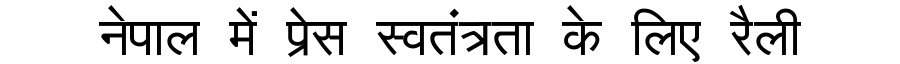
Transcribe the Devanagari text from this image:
नेपाल में प्रेस स्वतंत्रता के लिए रैली